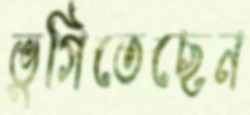
ভুগিতেছেন